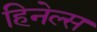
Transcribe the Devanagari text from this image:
हिनेल्स